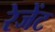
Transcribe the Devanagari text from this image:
रेजेंट